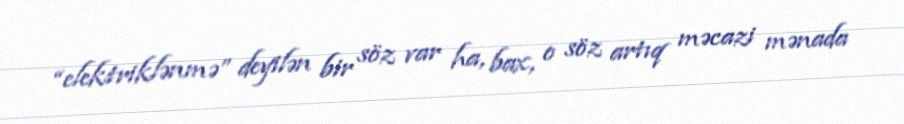
“elektriklənmə” deyilən bir söz var ha, bax, o söz artıq məcazi mənada